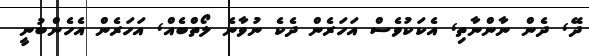
ދޭ